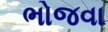
ભોજવા